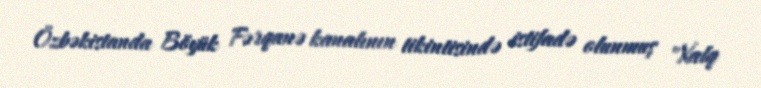
Özbəkistanda Böyük Fərqanə kanalının tikintisində istifadə olunmuş "Xalq